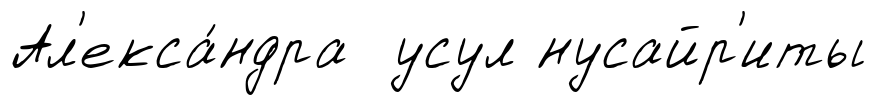
Ал'екса́ндра усул нусайр'иты